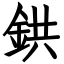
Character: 鉷